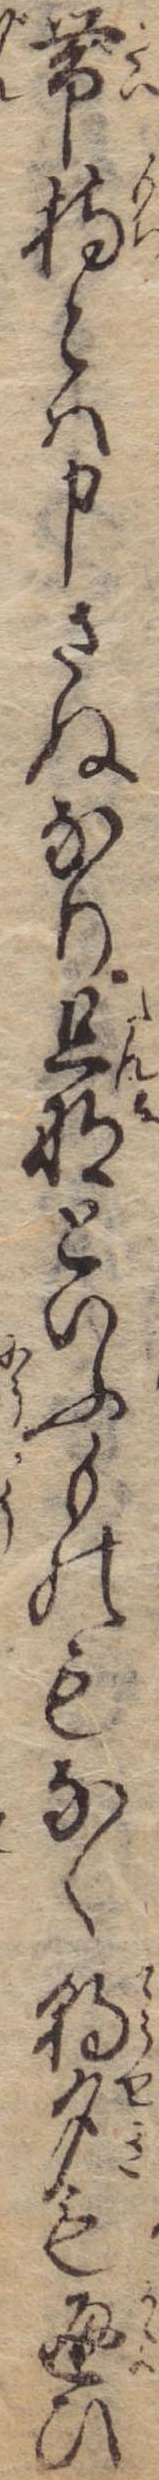
帯持とは申さぬなり旦那といふものもなく朝夕も通ひ